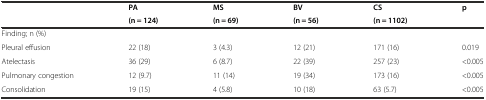
<table><thead><tr><td></td><td><b>PA</b></td><td><b>MS</b></td><td><b>BV</b></td><td><b>CS</b></td><td><b>p</b></td></tr><tr><td></td><td><b>(n = 124)</b></td><td><b>(n = 69)</b></td><td><b>(n = 56)</b></td><td><b>(n = 1102)</b></td><td></td></tr></thead><tbody><tr><td colspan="6">Finding; n (%)</td></tr><tr><td>Pleural effusion</td><td>22 (18)</td><td>3 (4.3)</td><td>12 (21)</td><td>171 (16)</td><td>0.019</td></tr><tr><td>Atelectasis</td><td>36 (29)</td><td>6 (8.7)</td><td>22 (39)</td><td>257 (23)</td><td>&lt;0.005</td></tr><tr><td>Pulmonary congestion</td><td>12 (9.7)</td><td>11 (14)</td><td>19 (34)</td><td>173 (16)</td><td>&lt;0.005</td></tr><tr><td>Consolidation</td><td>19 (15)</td><td>4 (5.8)</td><td>10 (18)</td><td>63 (5.7)</td><td>&lt;0.005</td></tr></tbody></table>